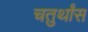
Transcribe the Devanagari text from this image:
चतुर्थांस